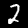
Digit: 2